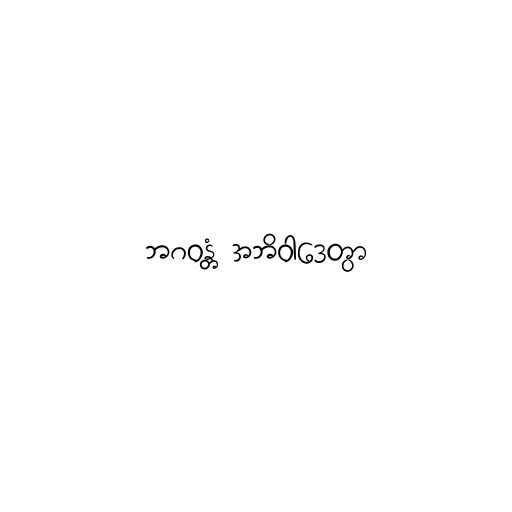
ဘဂဝန္တံ အဘိဝါဒေတွာ